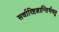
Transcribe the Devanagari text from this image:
सर्वारिष्टशान्तिर्भवतु